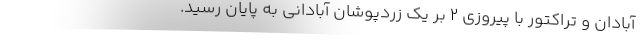
آبادان و تراکتور با پیروزی ۲ بر یک زردپوشان آبادانی به پایان رسید.